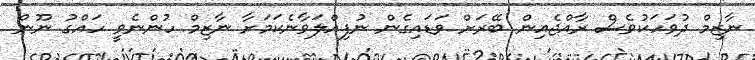
ނާޒިމް ދުވަހަކުވެސް ރާއްޖެއިން ބޭރަށް ވަޑައިގެން ނުފިއްލަވާނެކަމަށާ ނާޒިމް ހުންނެވީ ހައްގު ނޫން